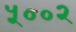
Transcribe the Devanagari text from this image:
५००२